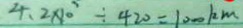
4 . 2 \times 1 0 \div 4 2 0 = 1 0 0 0 k m